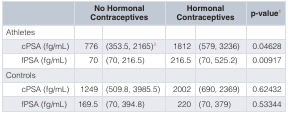
<table><thead><tr><td></td><td colspan="2"><b>No HormonalContraceptives</b></td><td colspan="2"><b>HormonalContraceptives</b></td><td><b>p-value<sup>1</sup></b></td></tr></thead><tbody><tr><td>Athletes</td><td></td><td></td><td></td><td></td><td></td></tr><tr><td>cPSA (fg/mL)</td><td>776</td><td>(353.5, 2165)<sup>2</sup></td><td>1812</td><td>(579, 3236)</td><td>0.04628</td></tr><tr><td>fPSA (fg/mL)</td><td>70</td><td>(70, 216.5)</td><td>216.5</td><td>(70, 525.2)</td><td>0.00917</td></tr><tr><td>Controls</td><td></td><td></td><td></td><td></td><td></td></tr><tr><td>cPSA (fg/mL)</td><td>1249</td><td>(509.8, 3985.5)</td><td>2002</td><td>(690, 2369)</td><td>0.62432</td></tr><tr><td>fPSA (fg/mL)</td><td>169.5</td><td>(70, 394.8)</td><td>220</td><td>(70, 379)</td><td>0.53344</td></tr></tbody></table>